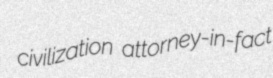
civilization attorney-in-fact